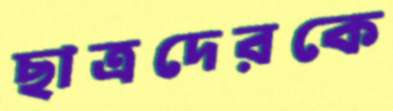
ছাত্রদেরকে